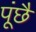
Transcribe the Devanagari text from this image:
पूंछै